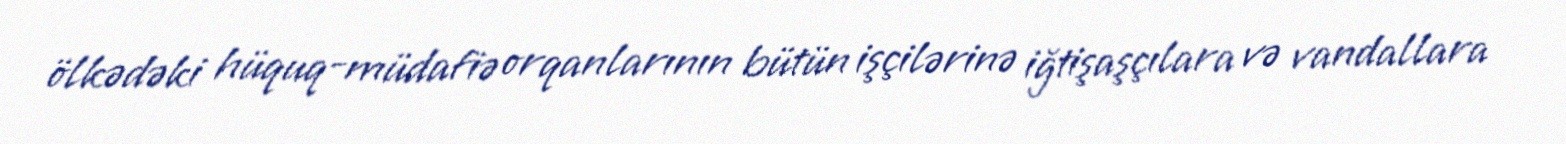
ölkədəki hüquq-müdafiə orqanlarının bütün işçilərinə iğtişaşçılara və vandallara